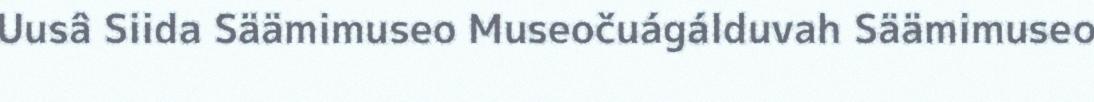
Uusâ Siida Säämimuseo Museočuágálduvah Säämimuseo